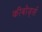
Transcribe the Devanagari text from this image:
कीबोर्ड्स